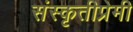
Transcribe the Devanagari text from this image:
संस्कृतीप्रेमी